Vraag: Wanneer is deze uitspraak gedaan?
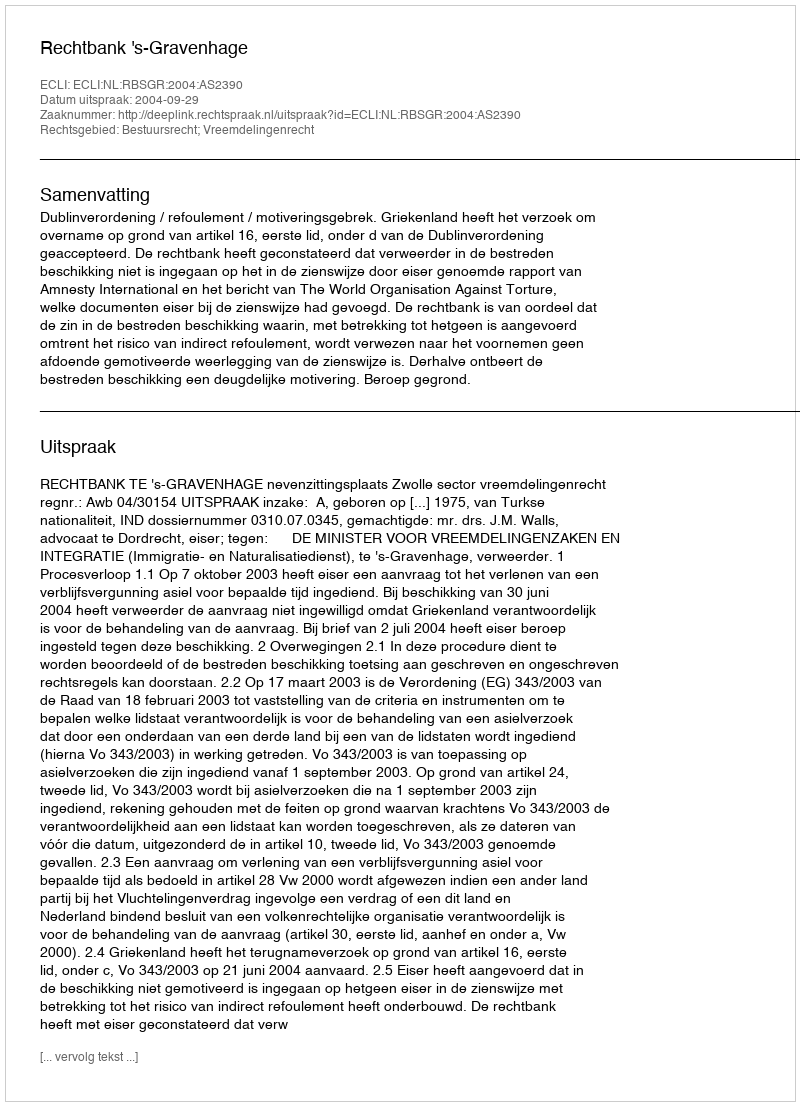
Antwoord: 2004-09-29